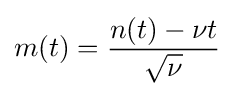
m(t)={\frac {n(t)-\nu t}{\sqrt {\nu }}}